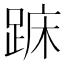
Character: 𨁤